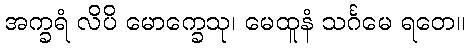
အက္ခရံ လိပိ မောက္ခေသု၊ မေထူနံ သင်္ဂမေ ရတေ။